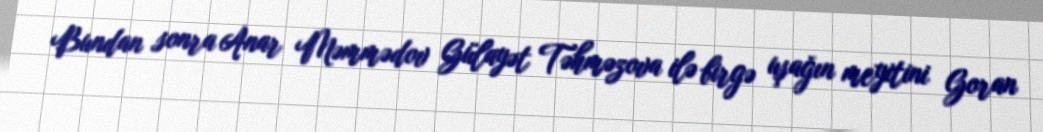
Bundan sonra Anar Məmmədov Gülayət Təhməzova ilə birgə uşağın meyitini Goran